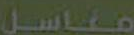
مناسل